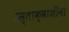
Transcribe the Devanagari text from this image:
प्रस्ताक्वाशीना